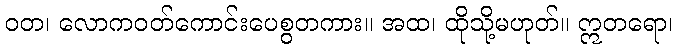
ဝတ၊ လောကဝတ်ကောင်းပေစွတကား။ အထ၊ ထိုသို့မဟုတ်။ ဣတရော၊